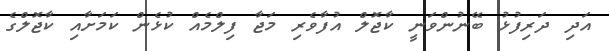
އަދި ދަރިފުޅު ބޭނުންވަނީ ކާޖޮލް އުފާވެރި މަޖާ ފިލްމެއް ކުޅެން ކަމަށާއި ކާޖޮލްގެ